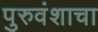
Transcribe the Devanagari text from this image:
पुरुवंशाचा